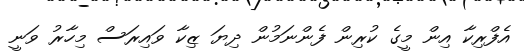
އެފްރިކާ އިން މީގެ ކުރިން ފެންނަމުން ދިޔަ ޒިކާ ވައިރަސް މިހާރު ވަނީ